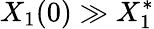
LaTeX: X_{1}(0)\gg X_{1}^{*}